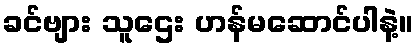
ခင်ဗျား သူဌေး ဟန်မဆောင်ပါနဲ့။